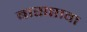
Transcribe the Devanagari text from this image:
बासष्टावा